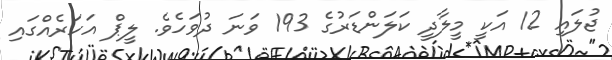
ޖުލައި 12 އަކީ މީލާދީ ކަލަންޑަރުގެ 193 ވަނަ ދުވަހެވެ. ލީޕް އަހަރެއްގައި